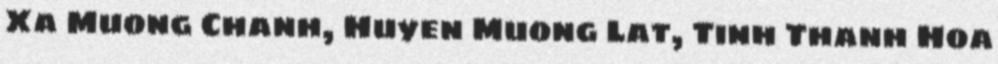
Xa Muong Chanh, Huyen Muong Lat, Tinh Thanh Hoa